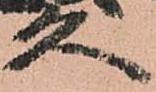
久